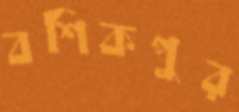
বশিকপুর